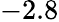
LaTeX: -2.8